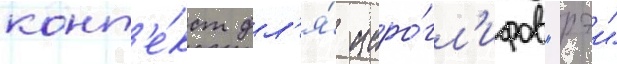
конт'е́кст дл'я́ иеро́гл'ифов "рэи"